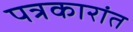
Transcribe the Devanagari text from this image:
पत्रकारांत